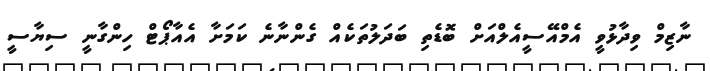
ނާޒިމް ވިދާޅުވީ އެމްއޭސީއެލްއަށް ބޮޑެތި ބަދަލުތަކެއް ގެންނާނެ ކަމަށާ އެއާޕޯޓް ހިންގާނީ ސިޔާސީ